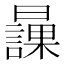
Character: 𣋾